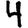
Digit: 4